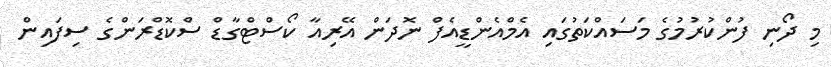
މި ދޯނި ފުންކުރުމުގެ މަސައްކަތުގައި އެމްއެންޑީއެފް ނޮދަން އޭރިއާ ކޯސްޓްގާޑް ސްކޮޑްރަންގެ ސިފައިން